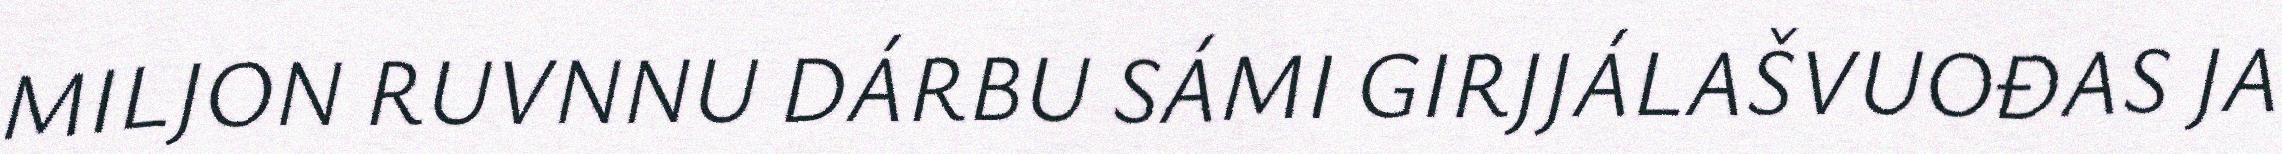
MILJON RUVNNU DÁRBU SÁMI GIRJJÁLAŠVUOĐAS JA